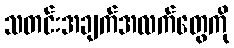
သတင်းအချက်အလက်တွေကို